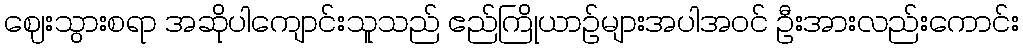
ဈေးသွားစရာ အဆိုပါကျောင်းသူသည် ဧည်ကြိုယာဉ်များအပါအဝင် ဦးအားလည်းကောင်း